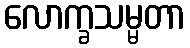
လောက္ခသမ္မတာ